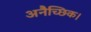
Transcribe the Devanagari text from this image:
अनैच्छिक।